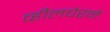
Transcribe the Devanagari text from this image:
व्हीलचेरने